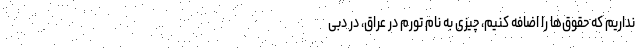
نداریم که حقوق‌ها را اضافه کنیم، چیزی به نام تورم در عراق، در دبی